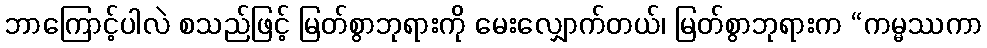
ဘာကြောင့်ပါလဲ စသည်ဖြင့် မြတ်စွာဘုရားကို မေးလျှောက်တယ်၊ မြတ်စွာဘုရားက “ကမ္မဿကာ